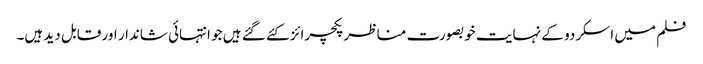
فلم میں اسکردو کے نہایت خوبصورت مناظر پکچرائز کئے گئے ہیں جو انتہائی شاندار اور قابل دید ہیں۔